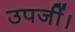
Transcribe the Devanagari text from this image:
उपजीं।